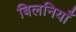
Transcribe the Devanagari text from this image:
बिलनियाँ